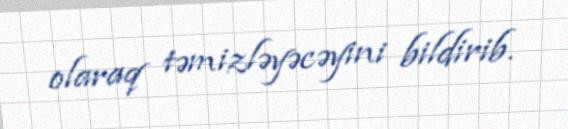
olaraq təmizləyəcəyini bildirib.